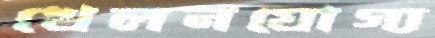
খেলনযোগ্য